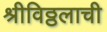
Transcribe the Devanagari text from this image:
श्रीविठ्ठलाची